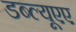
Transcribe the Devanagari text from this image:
डब्ल्यूएए